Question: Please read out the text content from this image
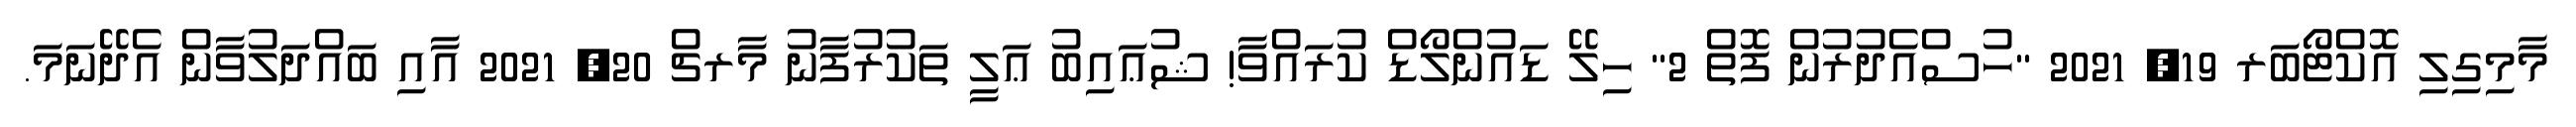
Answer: މާމިގިލި އޮކްޓޯބަރ 19, 2021 "ހުސްއެދުރުން ފޮތް 2" ހިލޭ ޑައުންލޯޑް ކުރައްވާ! ޝުޢައިބު ޢަލީ ތަކުރުފާނު މާރޗް 20, 2021 އާއި ބައްދަލުވާން އެދޭނަމަ.